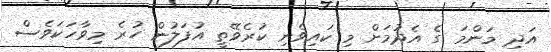
އަދި މަންމަ ގެ އެދުމަށް މި ކައިވެނި ކުރެވޭތީ އުފަލުން ހުރެ މިވާހަކަވެސް